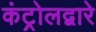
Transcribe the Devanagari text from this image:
कंट्रोलद्वारे